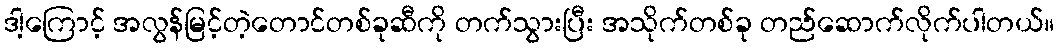
ဒါ့ကြောင့် အလွန်မြင့်တဲ့တောင်တစ်ခုဆီကို တက်သွားပြီး အသိုက်တစ်ခု တည်ဆောက်လိုက်ပါတယ်။